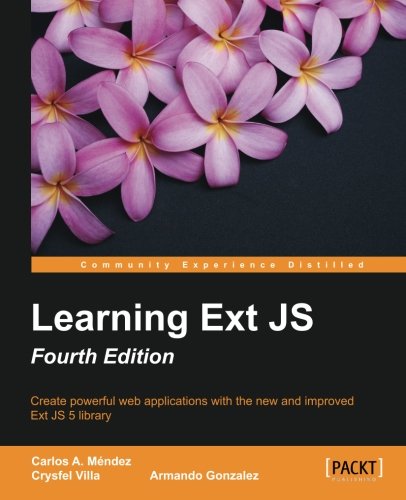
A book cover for Learning ExtJS - Fourth Edition; Carlos A. Mendez; Computers & Technology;